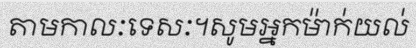
តាមកាលៈទេសៈ។សូមអ្នកម៉ាក់យល់